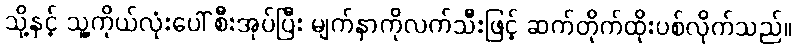
သို့နှင့် သူ့ကိုယ်လုံးပေါ် စီးအုပ်ပြီး မျက်နှာကိုလက်သီးဖြင့် ဆက်တိုက်ထိုးပစ်လိုက်သည်။